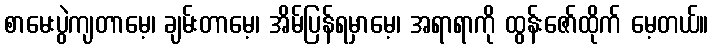
စာမေးပွဲကျတာမေ့၊ ချမ်းတာမေ့၊ အိမ်ပြန်ရမှာမေ့၊ အရာရာကို ထွန်းဇော်ထိုက် မေ့တယ်။